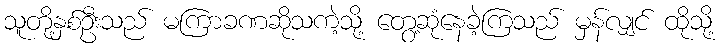
သူတို့နှစ်ဦးသည် မကြာခဏဆိုသကဲ့သို့ တွေ့ဆုံနေခဲ့ကြသည် မှန်လျှင် ထိုသို့